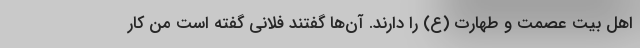
اهل بیت عصمت و طهارت (ع) را دارند. آن‌ها گفتند فلانی گفته است من کار